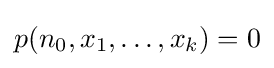
p(n_{0},x_{1},\ldots ,x_{k})=0